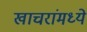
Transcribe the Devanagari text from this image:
खाचरांमध्ये